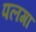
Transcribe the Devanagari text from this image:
पलगा